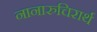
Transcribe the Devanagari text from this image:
नानारुचिरार्थ